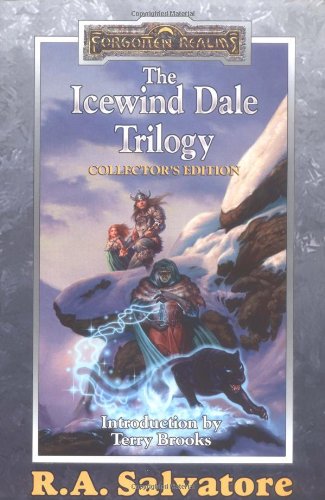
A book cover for The Icewind Dale Trilogy: Collector's Edition (A Forgotten Realms Omnibus); R.A. Salvatore; Science Fiction & Fantasy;